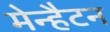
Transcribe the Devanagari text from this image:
मेन्हैटन